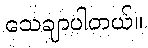
သေချာပါတယ်။